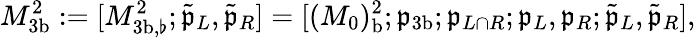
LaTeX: M_{3\mathrm{b}}^{2}:=[M_{{3\mathrm{b}},\flat}^{2};\tilde{\mathfrak{p}}_{L},\tilde{\mathfrak{p}}_{R}]=[(M_{0})_{\mathrm{b}}^{2};\mathfrak{p}_{3\mathrm{b}};\mathfrak{p}_{L\cap R};\mathfrak{p}_{L},\mathfrak{p}_{R};\tilde{\mathfrak{p}}_{L},\tilde{\mathfrak{p}}_{R}],